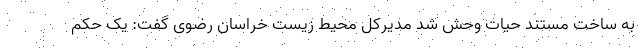
به ساخت مستند حیات وحش شد مدیرکل محیط زیست خراسان رضوی گفت: یک حکم